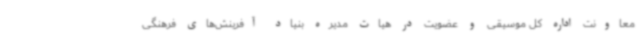
معاونت اداره کل موسیقی و عضویت در هیات مدیره بنیاد آفرینش‌های فرهنگی